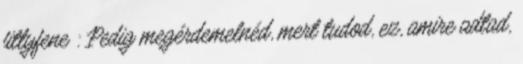
fittyfene : Pedig megérdemelnéd, mert tudod, ez, amire adtad,